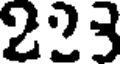
223